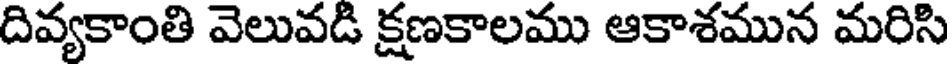
దివ్యకాంతి వెలువడి క్షణకాలము ఆకాశమున మరిసి